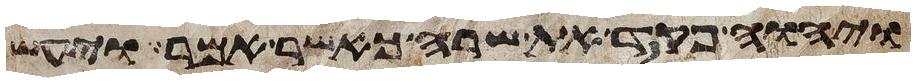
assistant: ויהוה פקד את שרה כאשר אמר ויעש